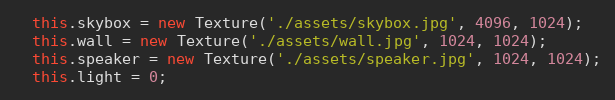
Language: JavaScript
  this.skybox = new Texture('./assets/skybox.jpg', 4096, 1024);
  this.wall = new Texture('./assets/wall.jpg', 1024, 1024);
  this.speaker = new Texture('./assets/speaker.jpg', 1024, 1024);
  this.light = 0;